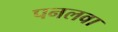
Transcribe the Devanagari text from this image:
पनलवा